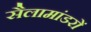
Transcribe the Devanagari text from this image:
सैलामांडरों